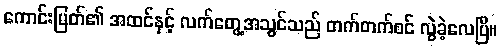
ကောင်းမြတ်၏ အထင်နှင့် လက်တွေ့အသွင်သည် တက်တက်စင် လွဲခဲ့လေပြီ။